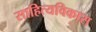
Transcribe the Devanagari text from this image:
साहित्यविकास